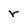
Character: r